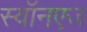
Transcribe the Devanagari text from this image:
स्वॉनएज